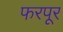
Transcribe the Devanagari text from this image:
फरपूर